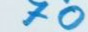
70